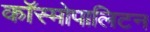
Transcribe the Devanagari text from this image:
कॉस्मोपालिटन